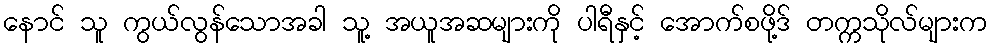
နောင် သူ ကွယ်လွန်သောအခါ သူ့ အယူအဆများကို ပါရီနှင့် အောက်စဖို့ဒ် တက္ကသိုလ်များက